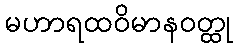
မဟာရထဝိမာနဝတ္ထု